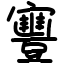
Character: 寷